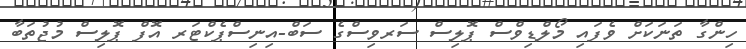
ހިންގާ ތަނަކަށް ވެފައި މޯލްޑިވްސް ޕޮލިސް ސަރވިސްގެ ސަބް-އިނިސްޕެކްޓަރ އޮފް ޕޮލިސް މުޖުތަބާ